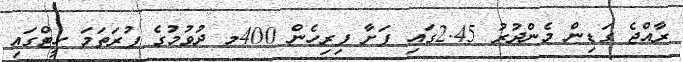
ރާއްޖެ ގަޑިން މެންދުރު 2.45ގައި ފަށާ ފިރިހެން 400މ ދުވުމުގެ ފުރަތަމަ ހީޓްގައި